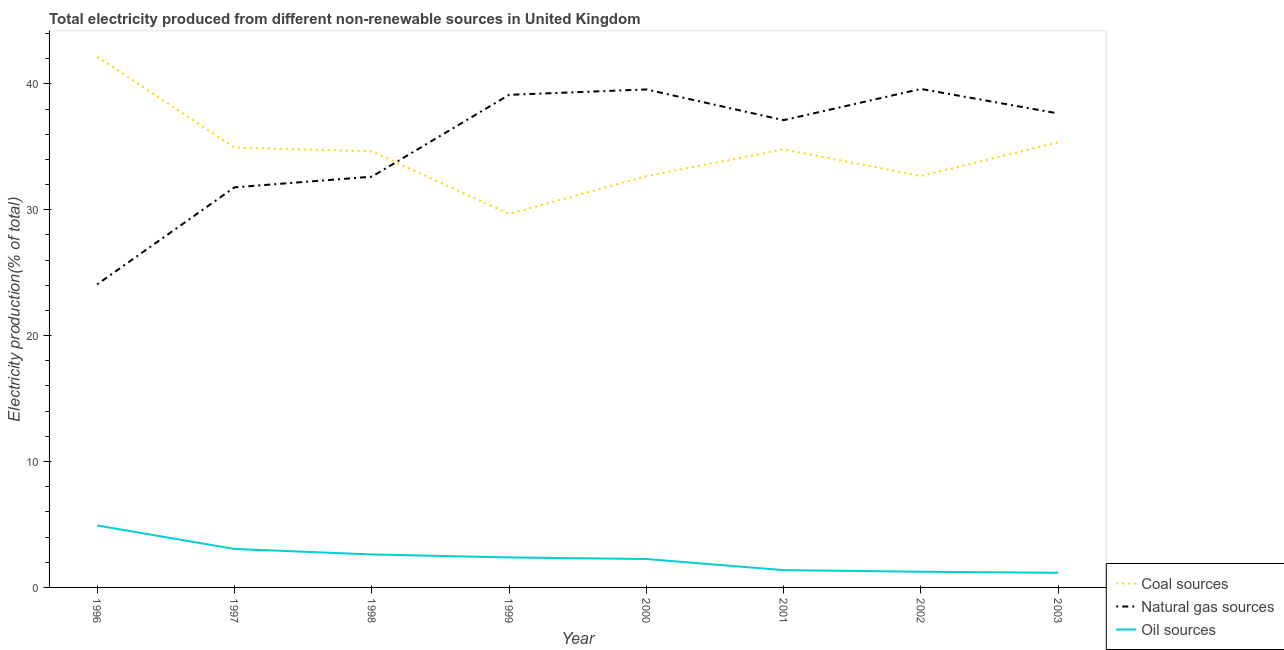
| Year | Coal sources | Natural gas sources | Oil sources |
 | --- | --- | --- | --- |
 | 1996 | 42.2 | 24.1 | 4.92 |
 | 1997 | 34.9 | 31.8 | 3.06 |
 | 1998 | 34.6 | 32.6 | 2.62 |
 | 1999 | 29.7 | 39.1 | 2.38 |
 | 2000 | 32.7 | 39.6 | 2.26 |
 | 2001 | 34.8 | 37.1 | 1.37 |
 | 2002 | 32.7 | 39.6 | 1.25 |
 | 2003 | 35.4 | 37.6 | 1.16 |